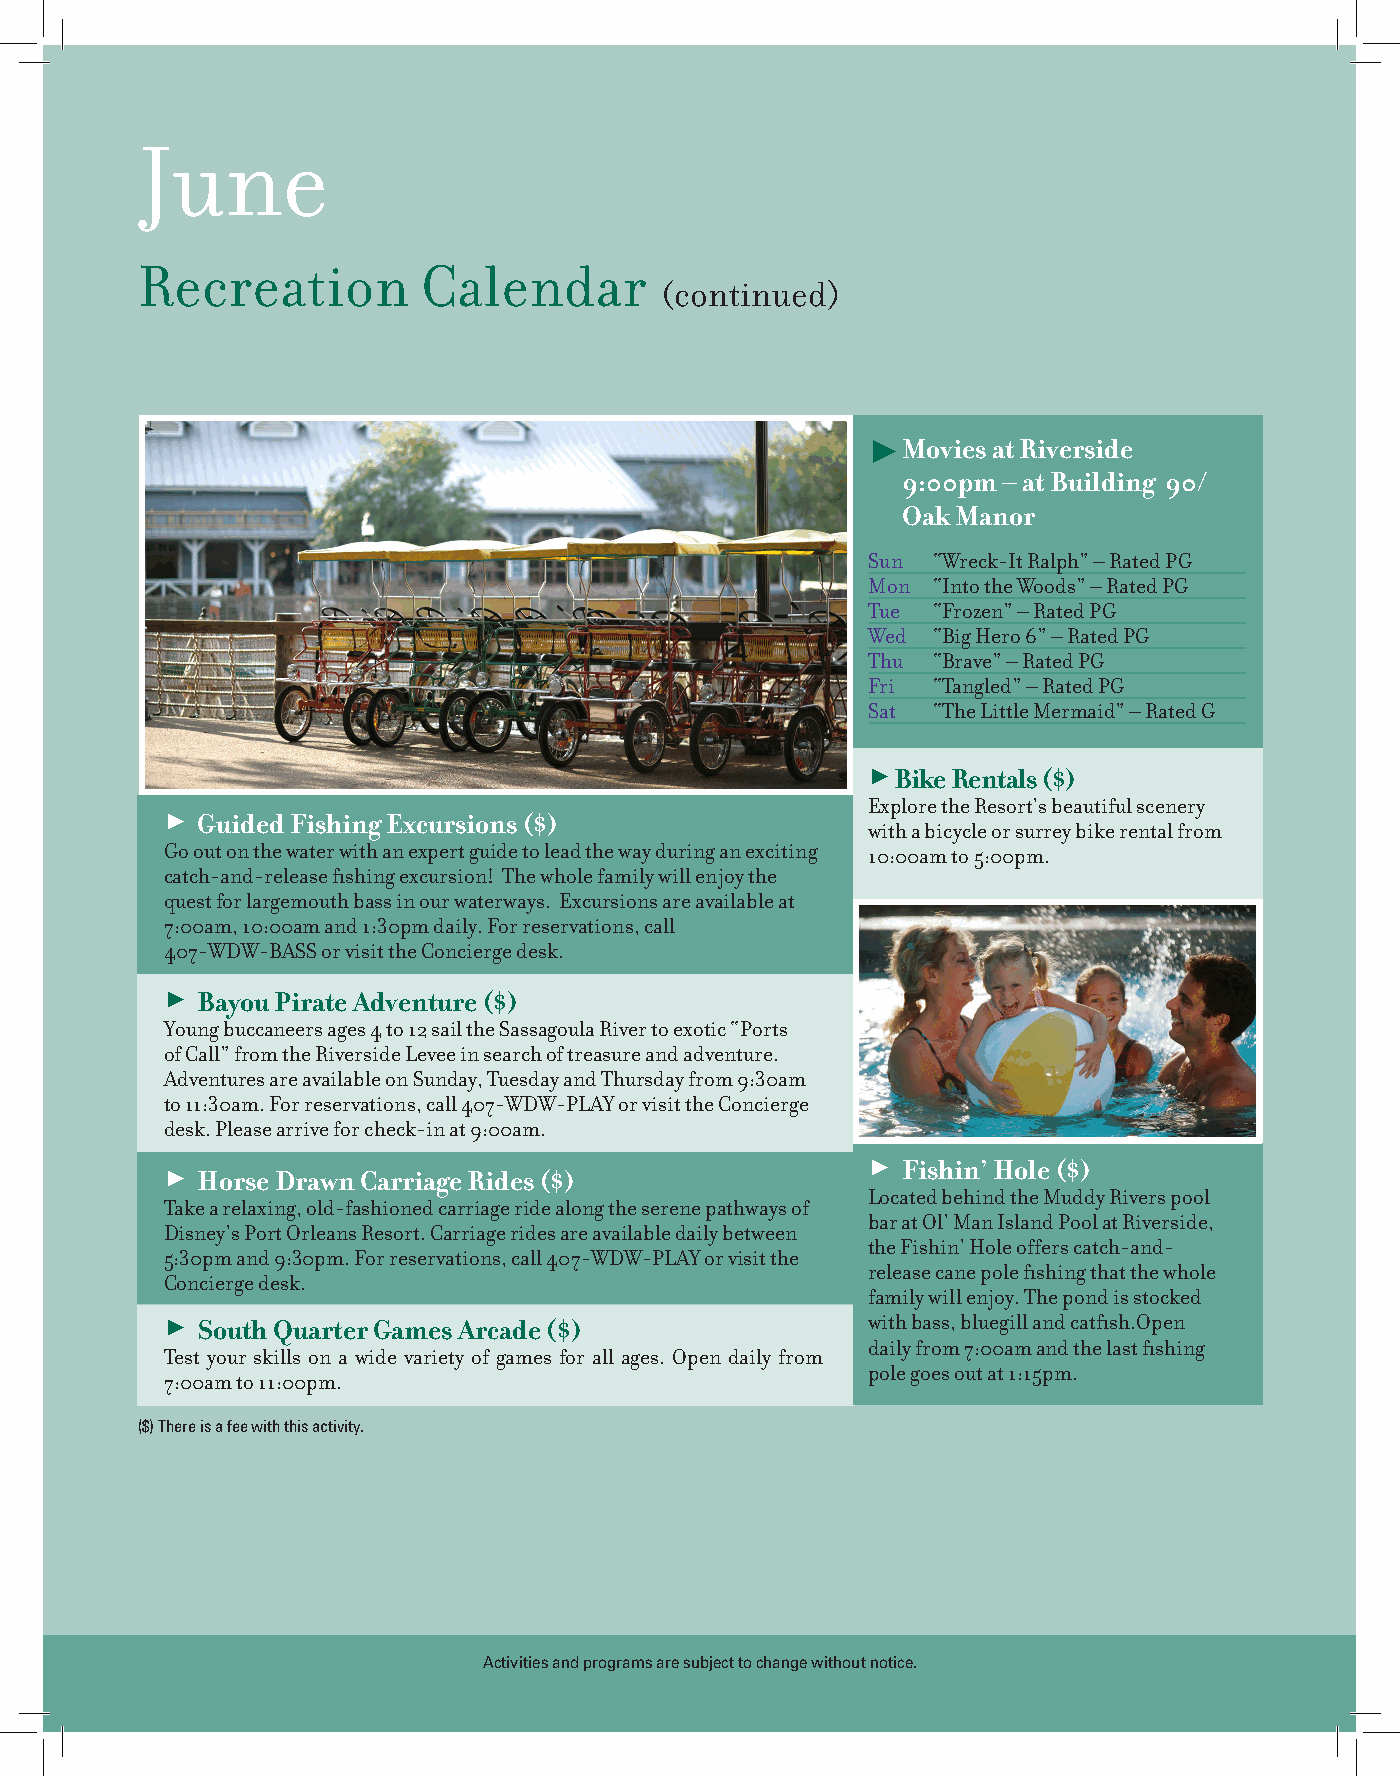
June
 Recreation         Calendar
 (continued)
   Movies at Riverside
 9:00pm – at Building 90/
 Oak Manor
 Sun  “Wreck-It Ralph” – Rated PG
 Mon  “Into the Woods” – Rated PG
 Tue  “Frozen” – Rated PG
 Wed  “Big Hero 6” – Rated PG
 Thu  “Brave” – Rated PG
 Fri  “Tangled” – Rated PG
 Sat  “The Little Mermaid” – Rated G
  Bike Rentals ($)
 Explore the Resort’s beautiful scenery
  Guided Fishing Excursions ($)
 with a bicycle or surrey bike rental from
 Go out on the water with an expert guide to lead the way during an exciting 10:00am to 5:00pm.
 catch-and-release fishing excursion! The whole family will enjoy the
 quest for largemouth bass in our waterways. Excursions are available at
 7:00am, 10:00am and 1:30pm daily. For reservations, call
 407-WDW-BASS or visit the Concierge desk.
  Bayou Pirate Adventure ($)
 Young buccaneers ages 4 to 12 sail the Sassagoula River to exotic “Ports
 of Call” from the Riverside Levee in search of treasure and adventure.
 Adventures are available on Sunday, Tuesday and Thursday from 9:30am
 to 11:30am. For reservations, call 407-WDW-PLAY or visit the Concierge
 desk. Please arrive for check-in at 9:00am.
  Horse Drawn Carriage Rides ($)
   Fishin’ Hole ($)
 Located behind the Muddy Rivers pool
 Take a relaxing, old-fashioned carriage ride along the serene pathways of
 bar at Ol’ Man Island Pool at Riverside,
 Disney’s Port Orleans Resort. Carriage rides are available daily between
 the Fishin’ Hole offers catch-and-
 5:30pm and 9:30pm. For reservations, call 407-WDW-PLAY or visit the
 release cane pole fishing that the whole
 Concierge desk.
 family will enjoy. The pond is stocked
  South Quarter Games Arcade ($)              with bass, bluegill and catfish. Open
 daily from 7:00am and the last fishing
 Test your skills on a wide variety of games for all ages. Open daily from
 pole goes out at 1:15pm.
 7:00am to 11:00pm.
 ($) There is a fee with this activity.
 Activities and programs are subject to change without notice.